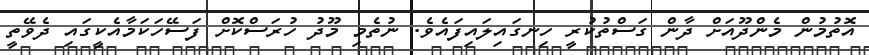
އޮތުމުން މެންދޫއަށް ދާން ގަސްތުކުރީ ހިނގައިލައިފައެވެ. ނުތެމި މޫދު ހުރަސްކޮށް ފަސޭހަކަމާއެކީގައި ދެވޭތީ